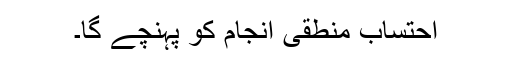
احتساب منطقی انجام کو پہنچے گا۔